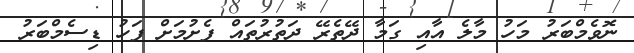
ނޮވެމްބަރު މަހު މާލެ އާއި ގަމާ ދޭތެރޭ ދަތުރުތައް ފެށުމަށް ފަހު ޑިސެމްބަރު